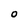
Character: o